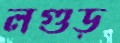
লগুড়